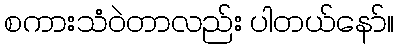
စကားသံဝဲတာလည်း ပါတယ်နော်။